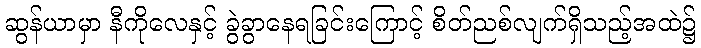
ဆွန်ယာမှာ နီကိုလေနှင့် ခွဲခွာနေရခြင်းကြောင့် စိတ်ညစ်လျက်ရှိသည့်အထဲ၌